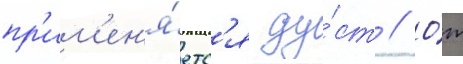
пр'им'ен'я́етс'я ду́ст // О́т